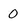
Character: 0